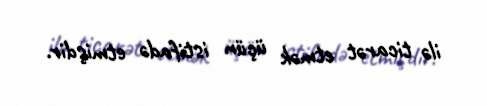
ilə ticarət etmək üçün istifadə etmişdir.